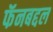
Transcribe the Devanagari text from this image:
फॅनबद्दल